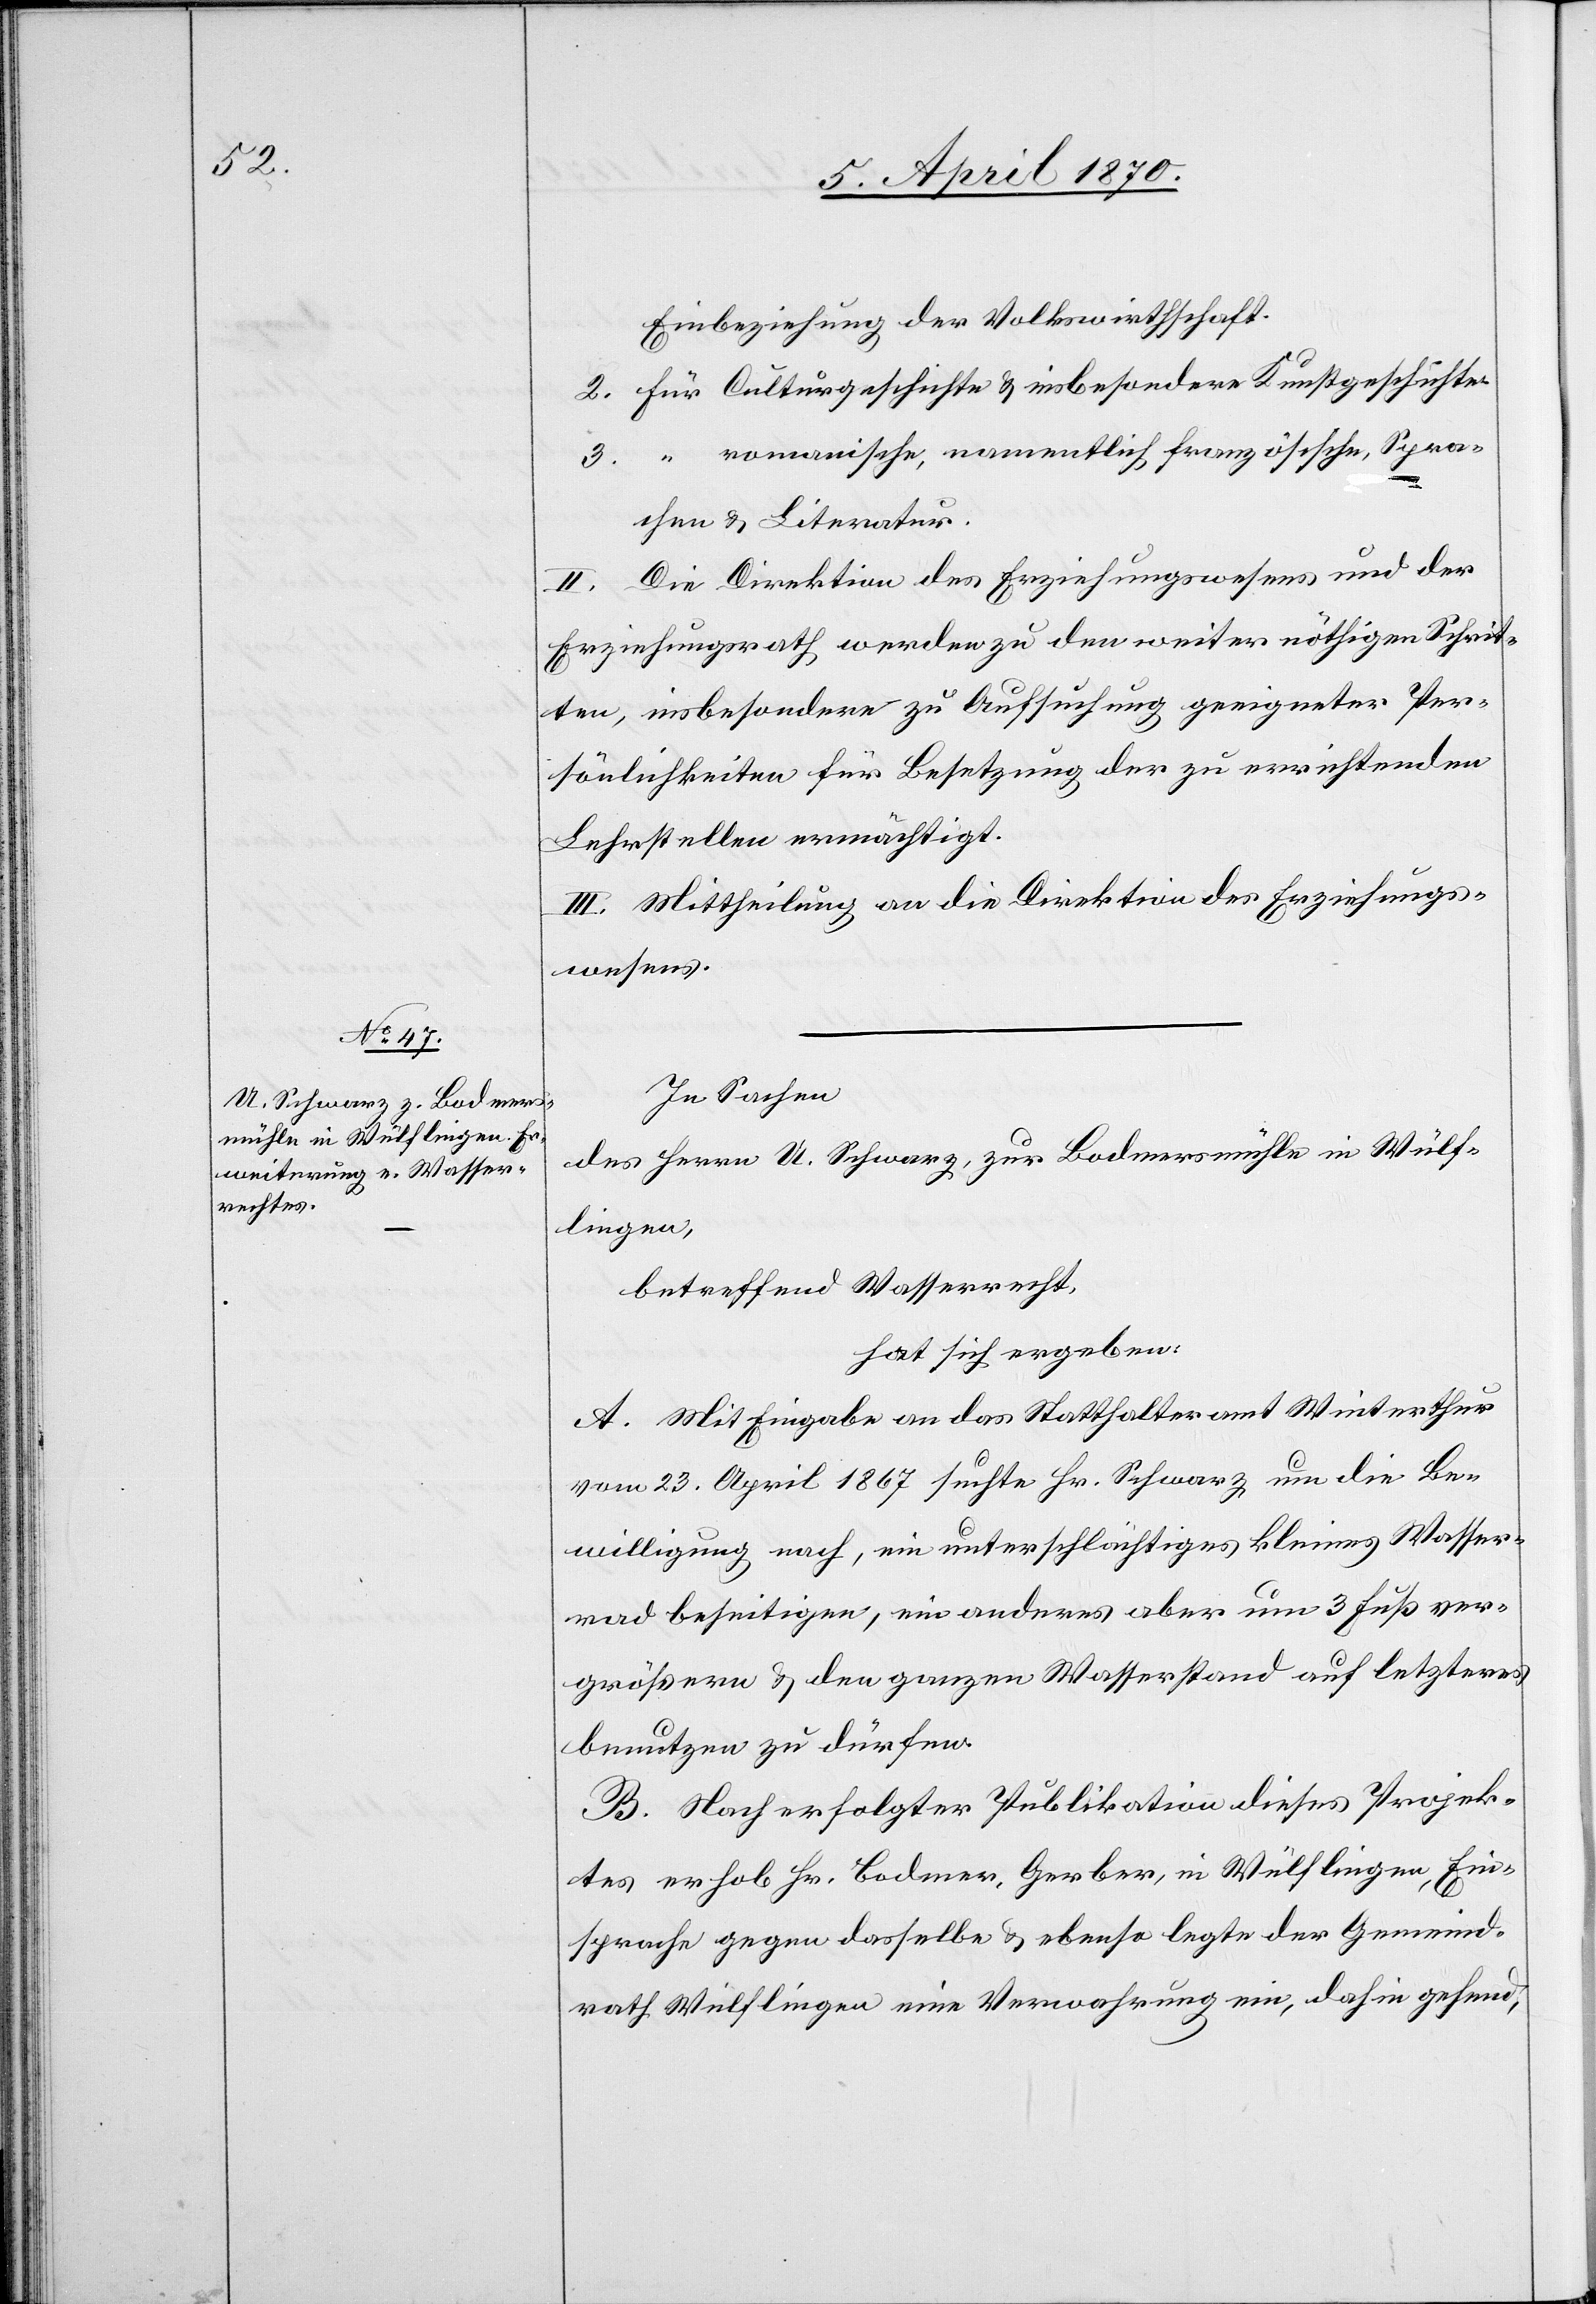
Einbeziehung der Volkswirthschaft.
2. Für Culturgeschichte & insbesondere Kunstgeschichte.
3. “ romanische, namentlich französische, Spra¬
chen & Literatur.
II. Die Direktion des Erziehungswesens und der
Erziehungsrath werden zu den weiter nöthigen Schrit¬
ten, insbesondere zu Aufsuchung geeigneter Per¬
sönlichkeiten für Besetzung der zu errichtenden
Lehrstellen ermächtigt.
III. Mittheilung an die Direktion des Erziehungs¬
wesens.
In Sachen
des Herrn U. Schwarz, zur Bodmersmühle in Wülf¬
lingen,
betreffend Wasserrecht,
hat sich ergeben:
A. Mit Eingabe an das Statthalteramt Winterthur
vom 23. April 1867 suchte Hr. Schwarz um die Be¬
willigung nach, ein unterschlächtiges kleines Wasser¬
rad beseitigen, ein anderes aber um 3 Fuß ver¬
größern & den ganzen Wasserstand auf letzteres
benutzen zu dürfen.
B. Nach erfolgter Publikation dieses Projek¬
tes erhob Hr. Bodmer, Gerber, in Wülflingen, Ein¬
sprache gegen dasselbe & ebenso legte der Gemeind¬
rath Wülflingen eine Verwahrung ein, dahin gehend,